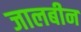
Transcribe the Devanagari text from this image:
जालबीन